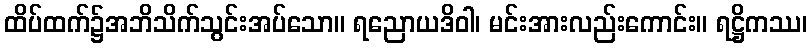
ထိပ်ထက်၌အဘိသိက်သွင်းအပ်သော။ ရညောယဒိဝါ၊ မင်းအားလည်းကောင်း။ ရဋ္ဌိကဿ၊